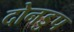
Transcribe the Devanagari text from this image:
दोनडुप